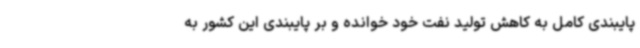
پایبندی کامل به کاهش تولید نفت خود خوانده و بر پایبندی این کشور به